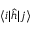
\langle i \vert \hat { h } \vert j \rangle